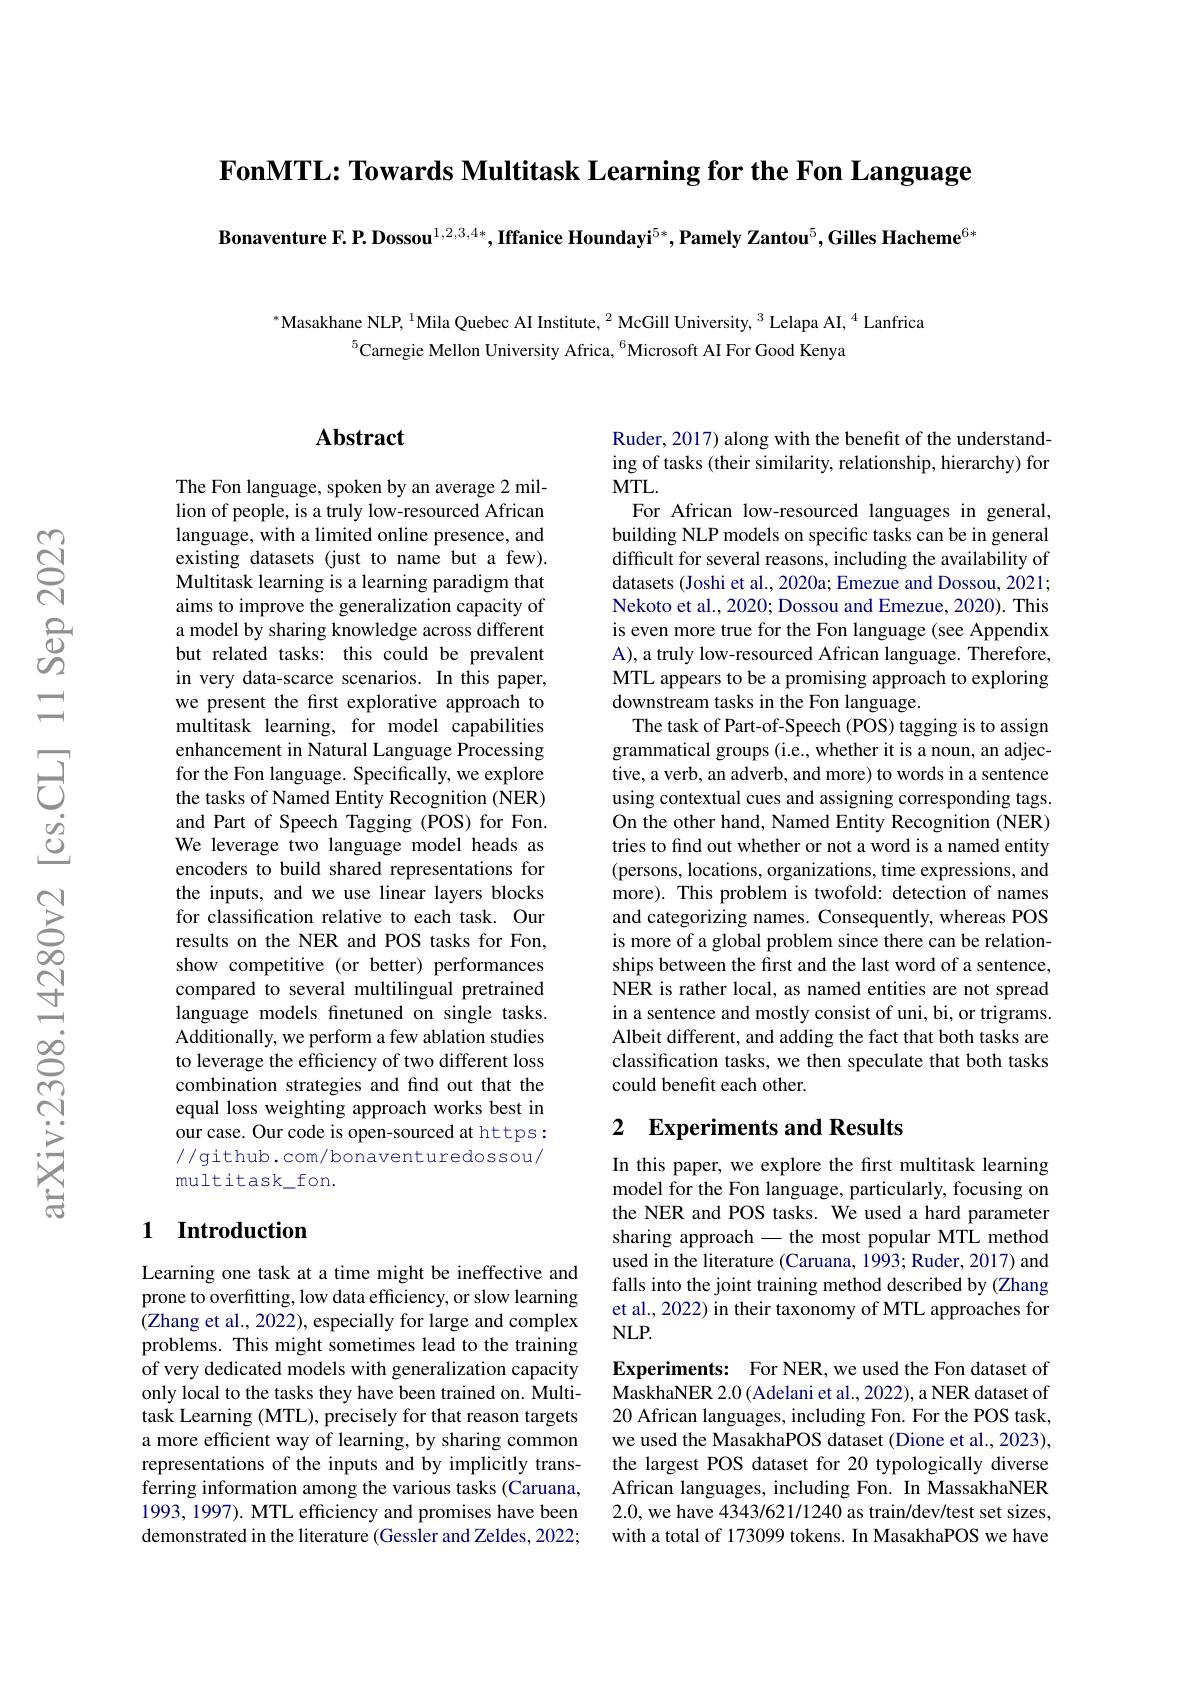
$\textbf{FonMTL: Towards Multitask Learning for the Fon Language}$

Bonaventure F. P. Dossou$^{1,2,3,4*}$,Iffanice Houndayi$^5*,\textbf{PamelyZantou}^5$,Gilles Hacheme$^6*$

$^{*}$Masakhane NLP, $^1$Mila Quebec AI Institute, $^2$ McGill University, $^3$ Lelapa AI, $^4$Lanfrica
$^{5}$Carnegie Mellon University Africa, $^{6}$Microsoft AI For Good Kenya

# Abstract

The Fon language, spoken by an average 2 million of people, is a truly low-resourced African language, with a limited online presence, and existing datasets (just to name but a few). Multitask learning is a learning paradigm that aims to improve the generalization capacity of a model by sharing knowledge across different but related tasks: this could be prevalent in very data-scarce scenarios. In this paper, we present the first explorative approach to multitask learning, for model capabilities enhancement in Natural Language Processing for the Fon language. Specifically, we explore the tasks of Named Entity Recognition (NER) and Part of Speech Tagging (POS) for Fon. We leverage two language model heads as encoders to build shared representations for the inputs, and we use linear layers blocks for classification relative to each task. Our results on the NER and POS tasks for Fon, show competitive (or better) performances compared to several multilingual pretrained language models finetuned on single tasks. Additionally, we perform a few ablation studies to leverage the efficiency of two different loss combination strategies and find out that the equal loss weighting approach works best in our case. Our code is open-sourced at https: //github.com/bonaventuredossou/ multitask\_fon.

### 1 Introduction

Learning one task at a time might be ineffective and prone to overfitting, low data efficiency, or slow learning (Zhang et al., 2022), especially for large and complex problems. This might sometimes lead to the training of very dedicated models with generalization capacity only local to the tasks they have been trained on. Multitask Learning (MTL), precisely for that reason targets a more efficient way of learning, by sharing common representations of the inputs and by implicitly transferring information among the various tasks (Caruana, 1993, 1997). MTL efficiency and promises have been demonstrated in the literature (Gessler and Zeldes, 2022;

Ruder, 2017) along with the benefit of the understanding of tasks (their similarity, relationship, hierarchy) for $MTL.$
For African low-resourced languages in general, building NLP models on specific tasks can be in general difficult for several reasons, including the availability of datasets (Joshi et al., 2020a; Emezue and Dossou, 2021; Nekoto et al., 2020; Dossou and Emezue, 2020). This is even more true for the Fon language (see Appendix A), a truly low-resourced African language. Therefore, MTL appears to be a promising approach to exploring downstream tasks in the Fon language.
The task of Part-of-Speech (POS) tagging is to assign grammatical groups (i.e., whether it is a noun, an adjective, a verb, an adverb, and more) to words in a sentence using contextual cues and assigning corresponding tags. On the other hand, Named Entity Recognition (NER) tries to find out whether or not a word is a named entity (persons, locations, organizations, time expressions, and more). This problem is twofold: detection of names and categorizing names. Consequently, whereas POS is more of a global problem since there can be relationships between the first and the last word of a sentence, NER is rather local, as named entities are not spread in a sentence and mostly consist of uni, bi, or trigrams. Albeit different, and adding the fact that both tasks are classification tasks, we then speculate that both tasks could benefit each other.

# 2 Experiments and Results

In this paper, we explore the first multitask learning model for the Fon language, particularly, focusing on the NER and POS tasks. We used a hard parameter sharing approach-the most popular MTL method used in the literature (Caruana, 1993; Ruder, 2017) and falls into the joint training method described by (Zhang et al., 2022) in their taxonomy of MTL approaches for $NLP.$

Experiments: For NER, we used the Fon dataset of MaskhaNER 2.0(Adelani et al., 2022), a NER dataset of 20 African languages, including Fon. For the POS task, we used the MasakhaPOS dataset (Dione et al., 2023), the largest POS dataset for 20 typologically diverse African languages, including Fon. In MassakhaNER 2.0, we have 4343/621/1240 as train/dev/test set sizes, with a total of 173099 tokens. In MasakhaPOS we have